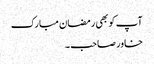
آپ کو بھی رمضان مبارک
خاور صاحب ۔